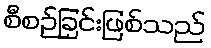
စီစဉ်ခြင်းဖြစ်သည်